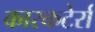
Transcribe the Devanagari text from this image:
कारकटेर्रा